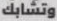
وتشابك